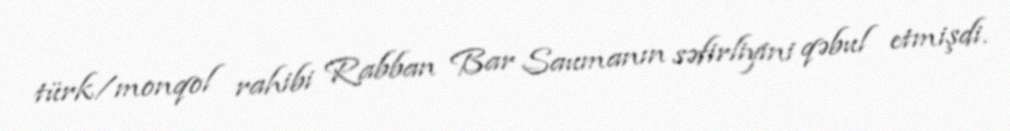
türk/monqol rahibi Rabban Bar Saumanın səfirliyini qəbul etmişdi.